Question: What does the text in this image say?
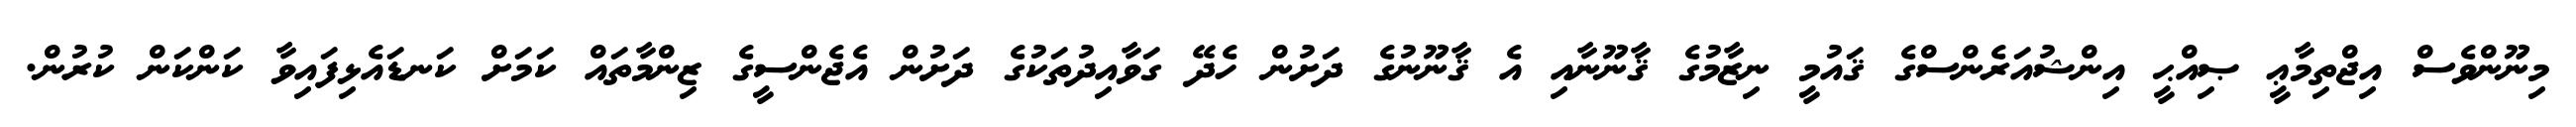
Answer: މިނޫންވެސް އިޖްތިމާޢީ ޞިއްޙީ އިންޝުއަރެންސްގެ ޤައުމީ ނިޒާމުގެ ޤާނޫނާއި އެ ޤާނޫނުގެ ދަށުން ހެދޭ ގަވާއިދުތަކުގެ ދަށުން އެޖެންސީގެ ޒިންމާތައް ކަމަށް ކަނޑައެޅިފައިވާ ކަންކަން ކުރުން.